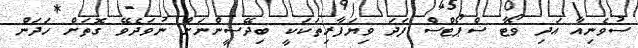
ސުވެނިއާ އަދި ވޯޓާ ސްޕޯޓްސް ފަދަ ވިޔަފާރިތަކަކީ ބިދޭސީންނަށް ނުވަދެވޭ ގޮތަށް ހަދަން